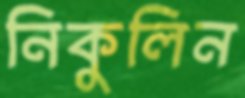
নিকুলিন